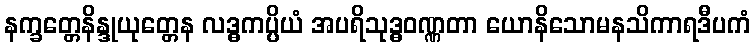
နက္ခတ္တေနိန္ဒုယုတ္တေန လဒ္ဓကပ္ပိယံ အပရိသုဒ္ဓဝဏ္ဏတာ ယောနိသောမနသိကာရဒီပကံ